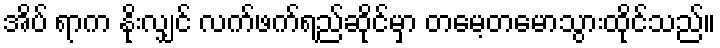
အိပ် ရာက နိုးလျှင် လက်ဖက်ရည်ဆိုင်မှာ တမေ့တမောသွားထိုင်သည်။